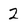
Character: 2